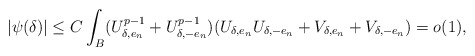
\begin{align*}|\psi(\delta)|\leq C \int_{B} (U_{\delta,e_n}^{p-1}+U_{\delta,-e_n}^{p-1})(U_{\delta,e_n}U_{\delta,-e_n}+V_{\delta,e_n}+V_{\delta,-e_n})=o(1),\end{align*}